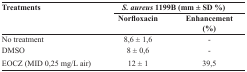
| Treatments | <COLSPAN=2> S. aureus 1199B (mm ± SD %) |
 |  | Norfloxacin | Enhancement (%) |
 | --- | --- | --- |
 | No treatment | 8,6 ± 1,6 | - |
 | DMSO | 8 ± 0,6 | - |
 | EOCZ (MID 0,25 mg/L air) | 12 ± 1 | 39,5 |